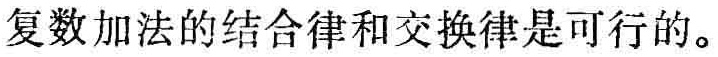
复数加法的结合律和交换律是可行的。